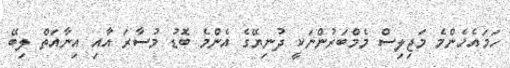
ހަމައެހެންމެ މަޖިލިސް މެމްބަރުންނަކީ ދުނިޔޭގެ އެންމެ ބޮޑު މުސާރަ އާއި އިނާއަތް ލިބޭ